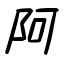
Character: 阿